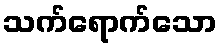
သက်ရောက်သော